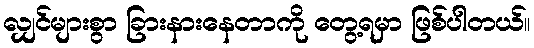
လျှင်များစွာ ခြားနားနေတာကို တွေ့ရမှာ ဖြစ်ပါတယ်။